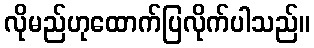
လိုမည်ဟုထောက်ပြလိုက်ပါသည်။